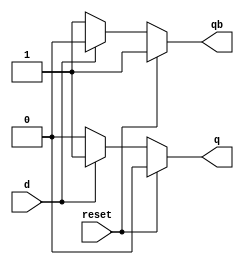
module D_latch(q, qb, d, reset); 

    input d, reset;
    output q, qb;
    reg q, qb;
    
    always @ (d, reset)
        begin
            if (reset == 1'b1)
            begin
                q <= 1'b0; qb <= 1'b1;
            end
            else if (d == 1'b0)
            begin
                q <= 1'b0; qb <= 1'b1;
            end
            else
            begin
                q <= 1'b1; qb <= 1'b0;
            end
        end

endmodule